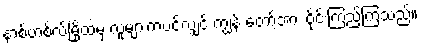
နာ့စ်ဟစ်လ်မြို့ထဲမှ လူများကပင်လျှင် ကျွန် တော့်အား ဝိုင်းကြည့်ကြသည်။